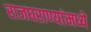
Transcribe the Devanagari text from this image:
राजघराण्यांमध्ये